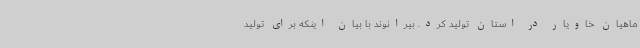
ماهیان خاویار در استان تولید کرد. بیرانوند با بیان اینکه برای تولید